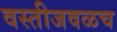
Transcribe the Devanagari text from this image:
वस्तीजवळच